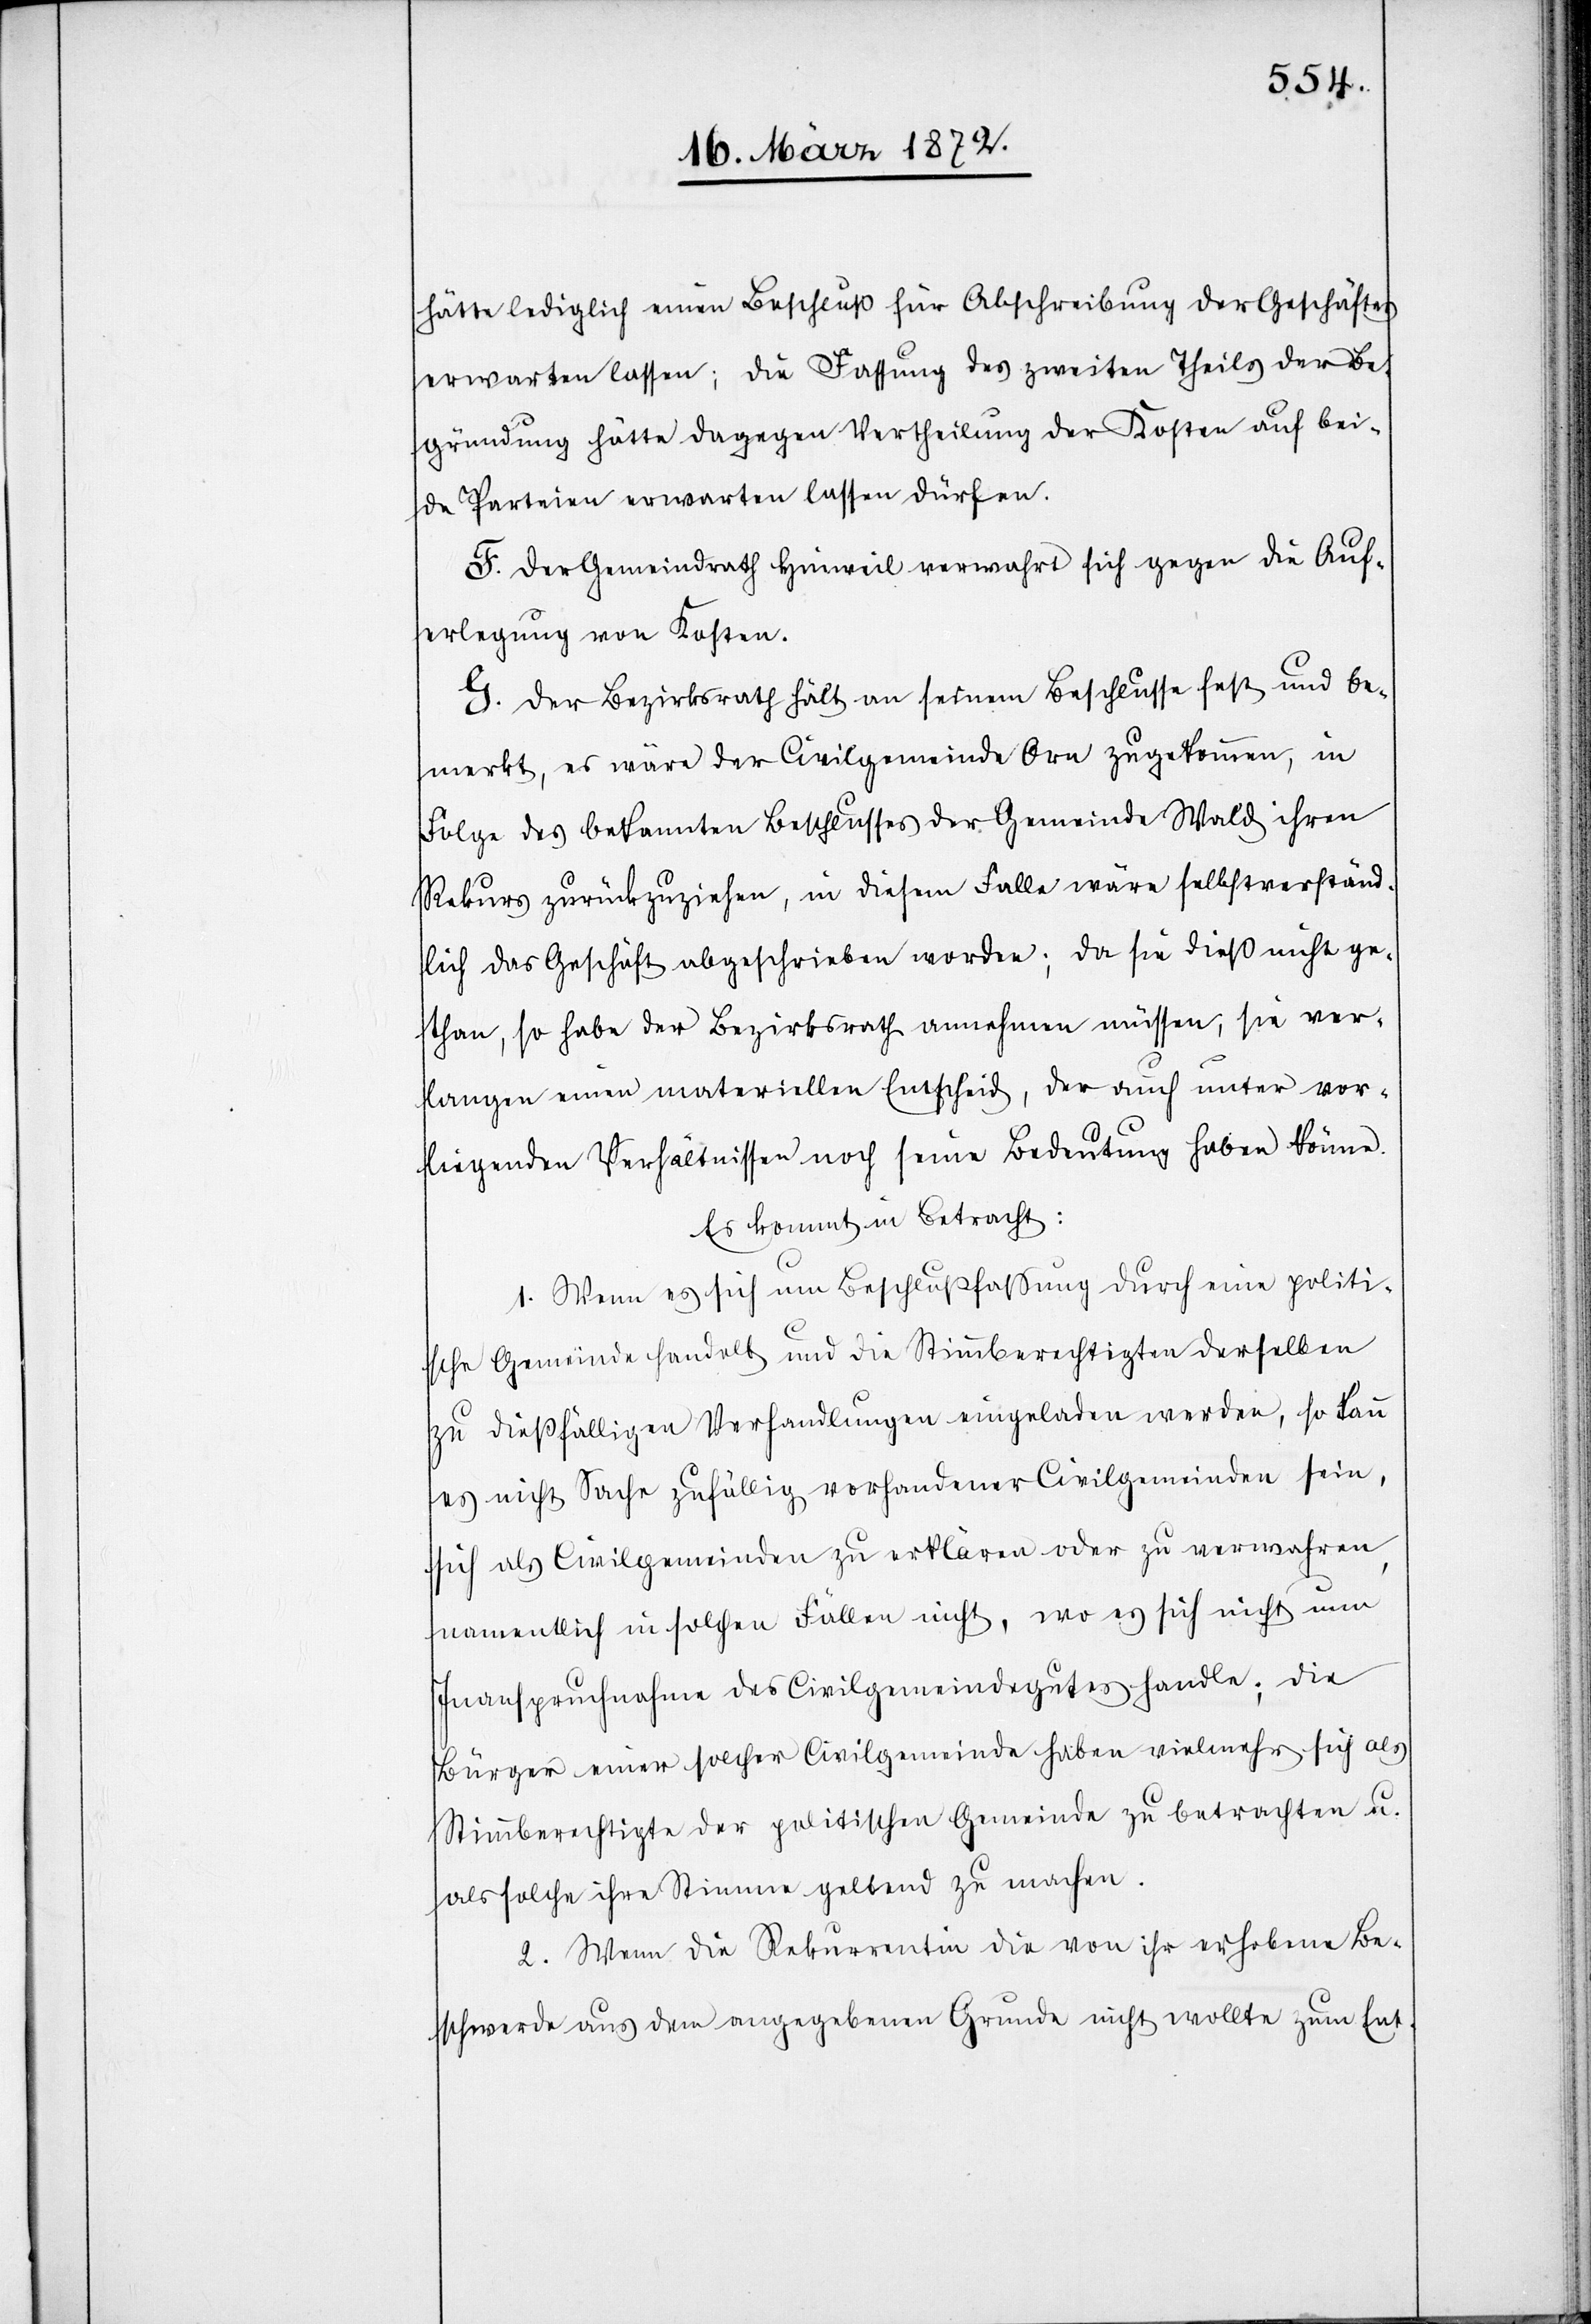
hätte lediglich einen Beschluß für Abschreibung der Geschäftes
erwarten lassen; die Fassung des zweiten Theils der Be¬
gründung hätte dagegen Vertheilung der Kosten auf bei¬
de Parteien erwarten lassen dürfen.
F. Der Bezirksrath hält an seinem Beschlusse fest und be¬
merkt, es wäre der Civilgemeinde Arn zugekommen, in
Folge des bekannten Beschlusses der Gemeinde Wald ihren
Rekurs zurückzuziehen, in diesem Falle wäre selbstverständ¬
lich das Geschäft abgeschrieben worden; da sie dieß nicht ge¬
than, so habe der Bezirksrath annehmen müssen, sie ver¬
langen einen materiellen Entscheid, der auch unter vor¬
liegenden Verhältnissen noch seine Bedeutung haben könne.
Es kommt in Betracht:
1. Wenn es sich um Beschlußfassung durch eine politi¬
sche Gemeinde handelt und die Stimmberechtigten derselben
zu dießfälligen Verhandlungen eingeladen werden, so kann
es nicht Sache zufällig vorhandener Civilgemeinden sein,
sich als Civilgemeinden zu erklären oder zu verwahren,
namentlich in solchen Fällen nicht, wo es sich nicht um
Inanspruchnahme des Civilgemeindegutes handle; die
Bürger einer solcher Civilgemeinde haben vielmehr sich als
Stimmberechtigte der politischen Gemeinde zu betrachten u.
als solche ihre Stimme geltend zu machen.
2. Wenn die Rekurrentin die von ihr erhobene Be¬
schwerde aus dem ausgegebenen Grunde nicht wollte zum Ent-